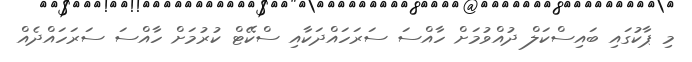
މި ޕާކުގައި ބައިސްކަލް ދުއްވުމަށް ހާއްސަ ސަރަހައްދަކާއި ސްކޭޓް ކުރުމަށް ހާއްސަ ސަރަހައްދެއް